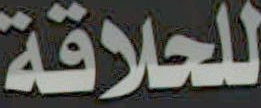
للحلاقة